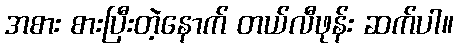
အစား စားပြီးတဲ့နောက် တယ်လီဖုန်း ဆက်ပါ။